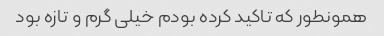
همونطور که تاکید کرده بودم خیلی گرم و تازه بود